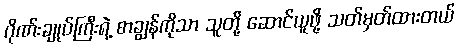
ဂိုဏ်းချုပ်ကြီးရဲ့ စာချွန်ကိုသာ သူတို့ ဆောင်ယူဖို့ သတ်မှတ်ထားတယ်